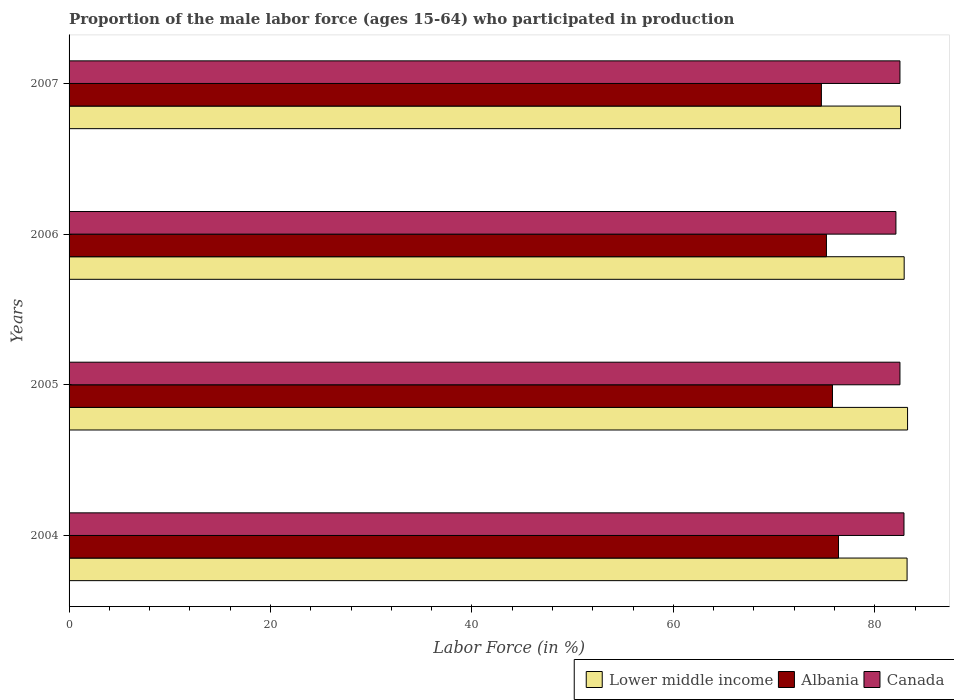
| Years | Lower middle income | Albania | Canada |
 | --- | --- | --- | --- |
 | 2004 | 83.2 | 76.4 | 82.9 |
 | 2005 | 83.3 | 75.8 | 82.5 |
 | 2006 | 82.9 | 75.2 | 82.1 |
 | 2007 | 82.6 | 74.7 | 82.5 |